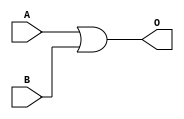
`timescale 1ns / 1ps
//////////////////////////////////////////////////////////////////////////////////
// Company: 
// Engineer: 
// 
// Design Name: 
// Module Name: orGate
// Project Name: 
// Target Devices: 
// Tool Versions: 
// Description: 
// 
// Dependencies: 
// 
// Revision:
// Revision 0.01 - File Created
// Additional Comments:
// 
//////////////////////////////////////////////////////////////////////////////////


module orGate(
    input wire A,
    input wire B,
    output wire O
    );
    
    assign O = A | B ;
    
    
endmodule